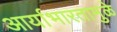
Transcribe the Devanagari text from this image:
आर्याभारतामुळे